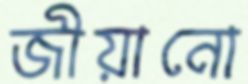
জীয়ানো